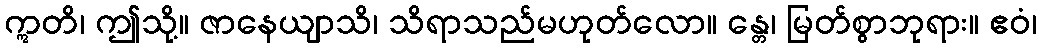
ဣတိ၊ ဤသို့။ ဇာနေယျာသိ၊ သိရာသည်မဟုတ်လော။ န္တေ၊ မြတ်စွာဘုရား။ ဧဝံ၊